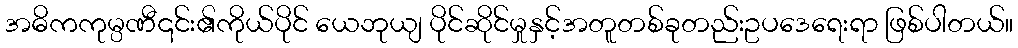
အဓိကကုမ္ပဏီ၎င်း၏ကိုယ်ပိုင် ယေဘုယျ ပိုင်ဆိုင်မှုနှင့်အတူတစ်ခုတည်းဥပဒေရေးရာ ဖြစ်ပါတယ်။